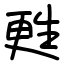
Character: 甦